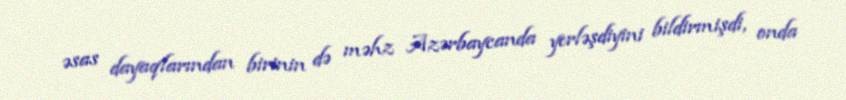
əsas dayaqlarından birinin də məhz Azərbaycanda yerləşdiyini bildirmişdi, onda